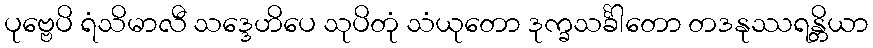
ပုဗ္ဗေပိ ရံသိမာလီ သဒ္ဒေဟိပေ သုပိတုံ သံယုတော ဒုက္ခသင်္ခါတော တဒနုဿရန္တိယာ